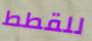
للقطط